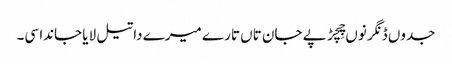
جدوں ڈنگر نوں چِچڑ پے جان تاں تارے میرے دا تیل لایا جاندا سی۔